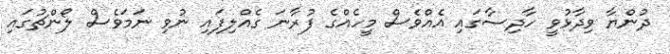
ދުންޔާ ވިދާޅުވީ ހާދިސާގައި އެއްވެސް މީހެއްގެ ފުރާނަ ގެއްލިފައި ނުވި ނަމަވެސް ލޯންޗުގައި